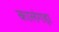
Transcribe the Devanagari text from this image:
कालंगड़ा